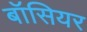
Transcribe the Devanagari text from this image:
बॉसियर